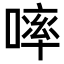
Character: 𠻜